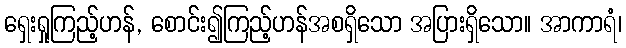
ရှေးရှုကြည့်ဟန်, စောင်း၍ကြည့်ဟန်အစရှိသော အပြားရှိသော။ အာကာရံ၊